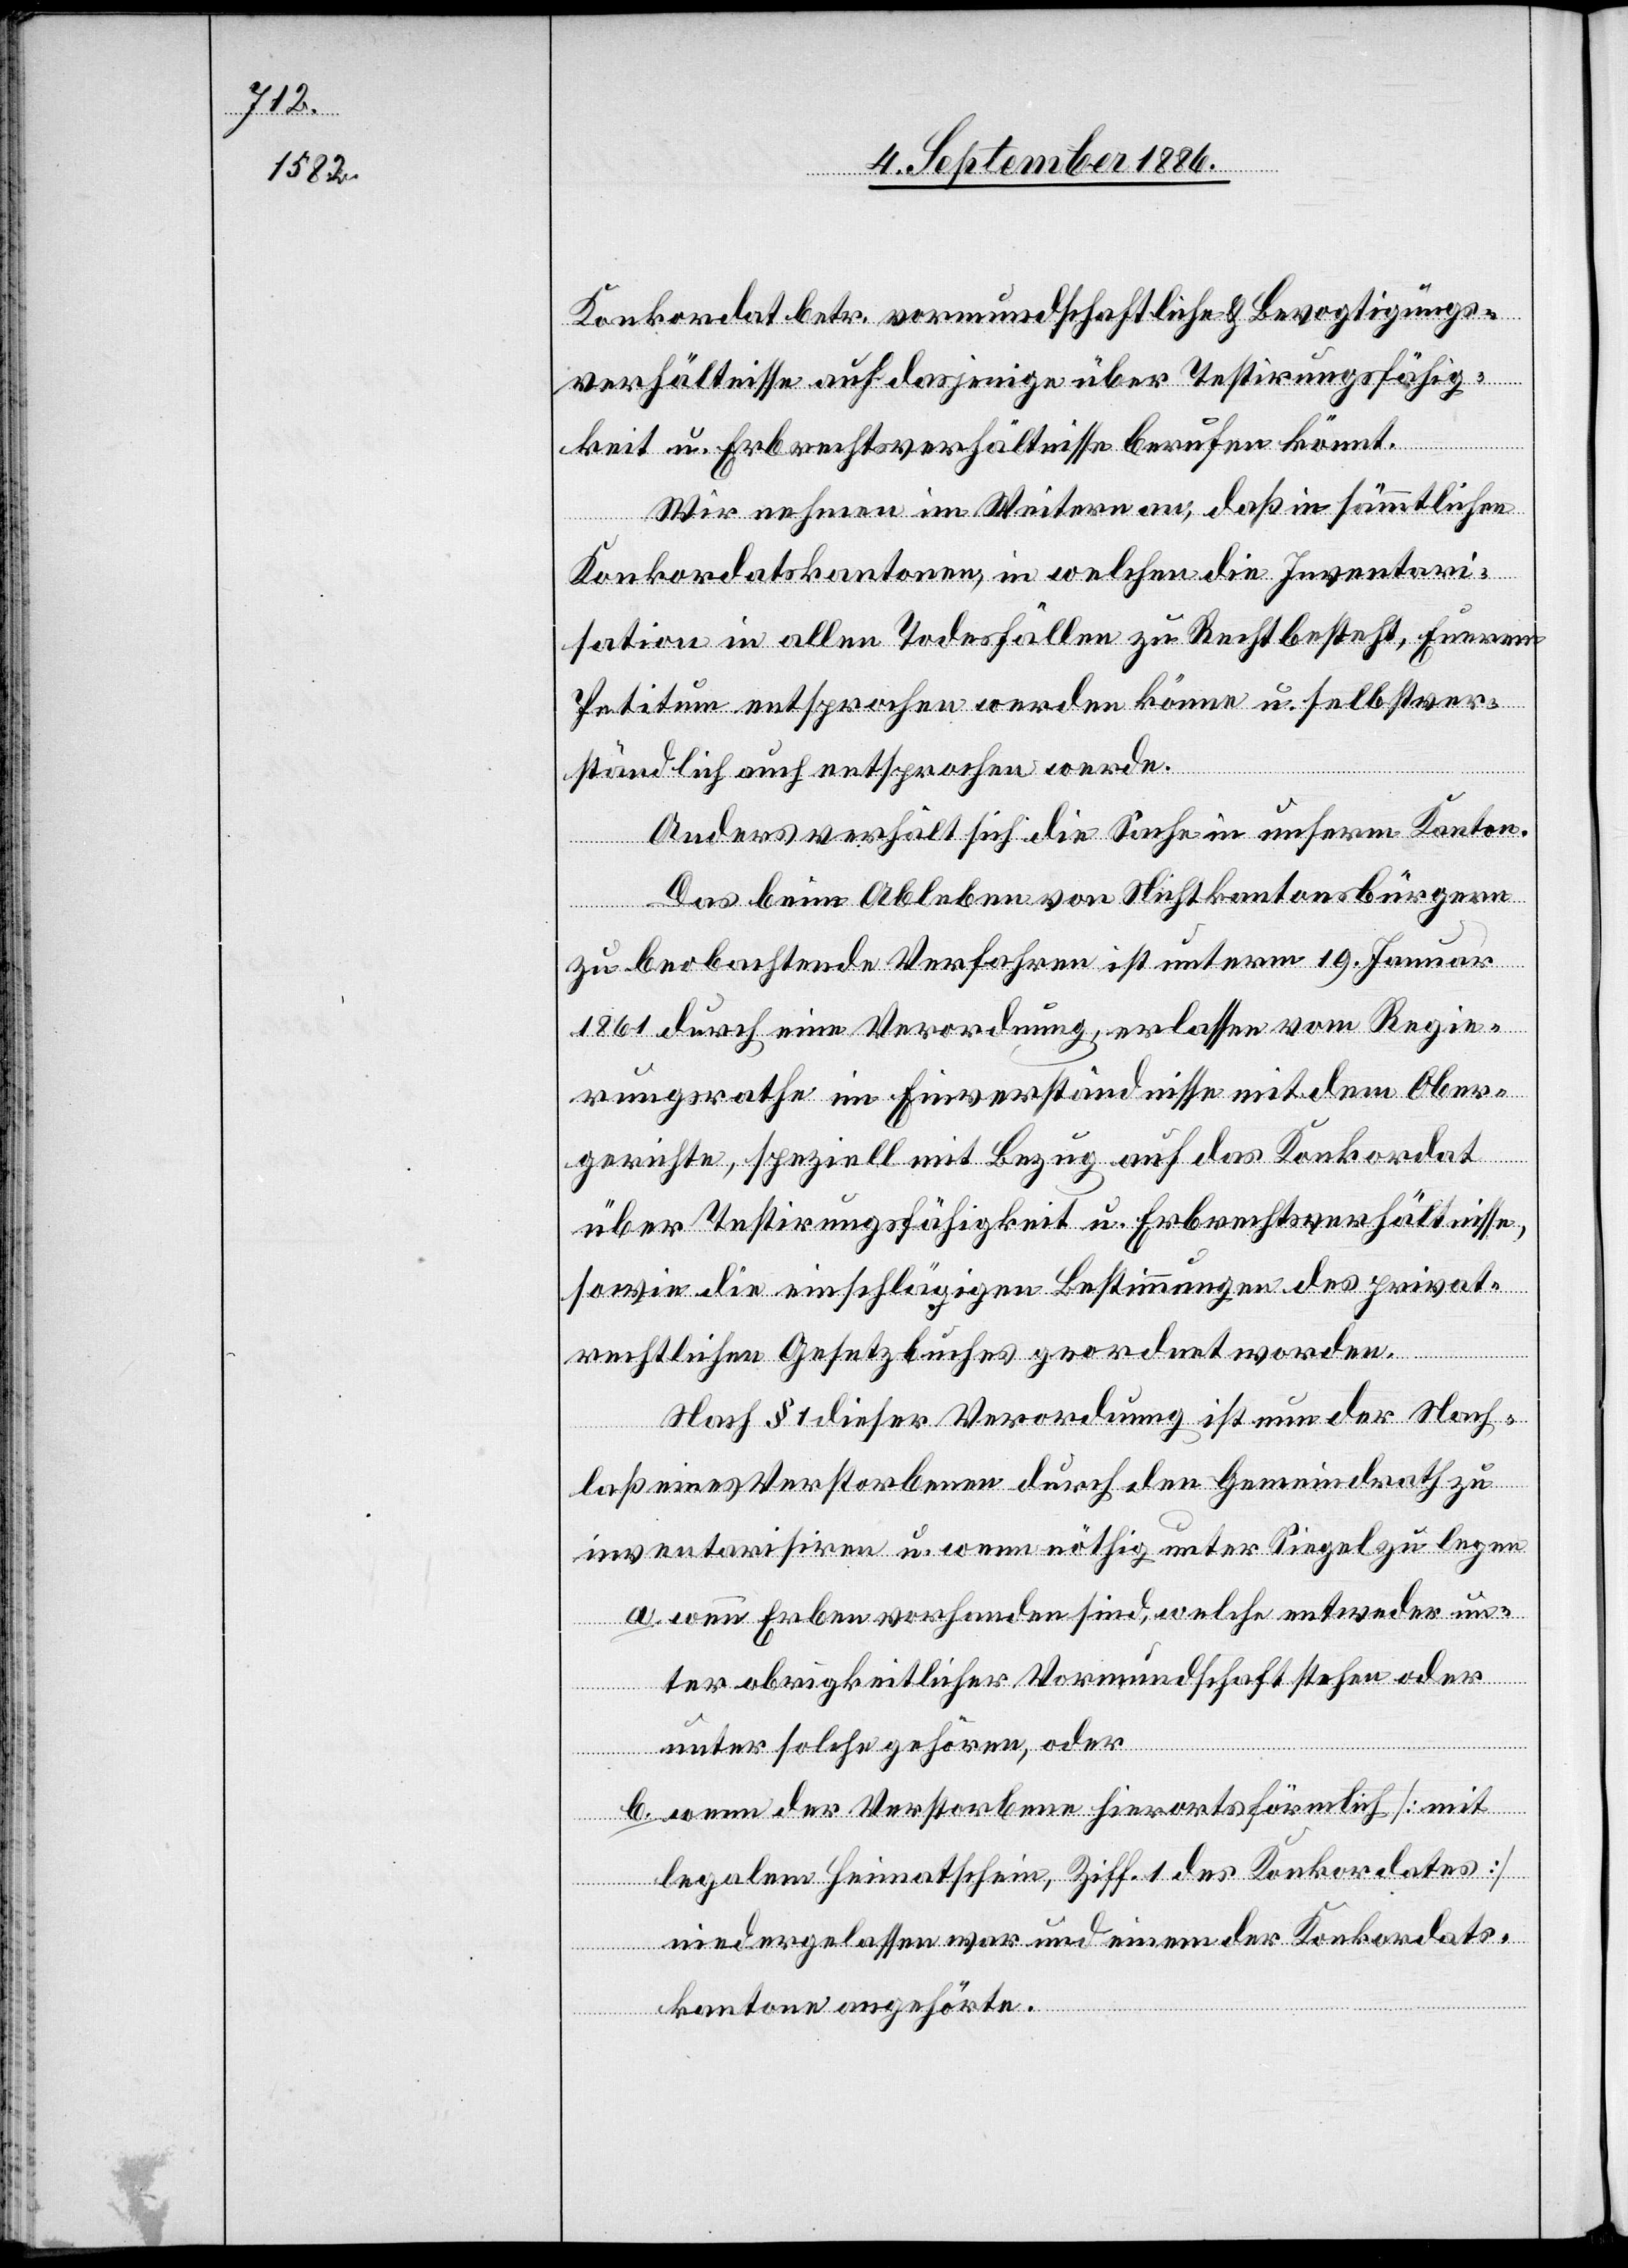
Konkordat betr. vormundschaftliche Bevogtigungs¬
verhältnisse auf dasjenige über Testirungsfähig¬
keit u. Erbrechtsverhältnisse berufen könnt.
Wir nehmen im Weitern an, daß in sämmtlichen
Konkordatskantonen, in welchen die Inventari¬
sation in allen Todesfällen zu Recht besteht, Euerem
Petitum entsprochen werden könne u. selbstver¬
ständlich auch entsprochen werde.
Anders verhält sich die Sache in unserm Kanton.
Das beim Ableben von Nichtkantonsbürgern
zu beobachtende Verfahren ist unterm 19. Januar
1861 durch eine Verordnung, erlassen vom Regie¬
rungsrathe im Einverständnisse mit dem Ober¬
gerichte, speziell mit Bezug auf das Konkordat
über Testirungsfähigkeit u. Erbrechtsverhältnisse,
sowie die einschlägigen Bestimmungen des privat¬
rechtlichen Gesetzbuches geordnet worden.
Nach § 1 dieser Verordnung ist nun der Nach¬
laß eines Verstorbenen durch den Gemeindrath zu
inventarisiren u. wenn nöthig unter Siegel zu legen
a. wenn Erben vorhanden sind, welche entweder un¬
ter obrigkeitlicher Vormundschaft stehen oder
unter solche gehören, oder
b. wenn der Verstorbene hierorts förmlich [mit
legalem Heimatschein, Ziff. 1 des Konkordates]
niedergelassen war und einem der Konkordats¬
kantone angehörte.